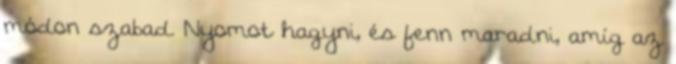
módon szabad. Nyomot hagyni, és fenn maradni, amíg az